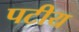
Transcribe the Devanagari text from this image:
पटीय